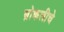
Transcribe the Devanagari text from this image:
ब्रोकलीचे